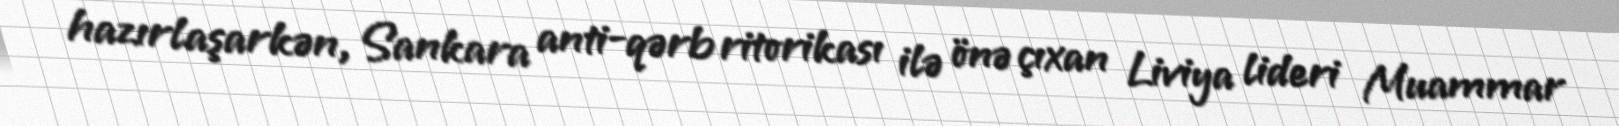
hazırlaşarkən, Sankara anti-qərb ritorikası ilə önə çıxan Liviya lideri Muammar